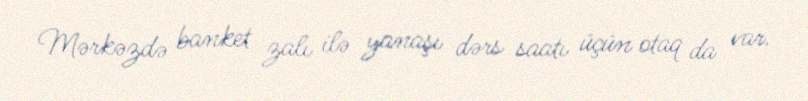
Mərkəzdə banket zalı ilə yanaşı dərs saatı üçün otaq da var.